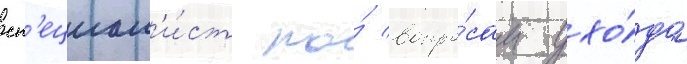
сп'ециал'и́ст по́ вопро́сам ухо́да